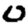
Digit: 0